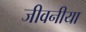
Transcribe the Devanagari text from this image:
जीवनीया